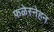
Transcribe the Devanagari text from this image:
फळेस्नेहन